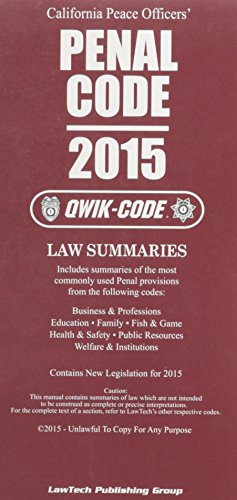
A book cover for California Peace Officer's Penal Code: 2015 Qwik Code; Editor; Law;